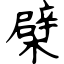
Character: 檗